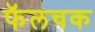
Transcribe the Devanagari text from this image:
फॅलचक